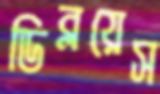
ডিব্লয়েস